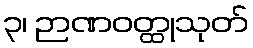
၃၊ ဉာဏဝတ္ထုသုတ်